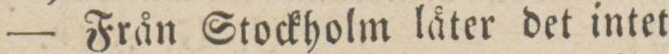
— Från Stockholm låter det intet